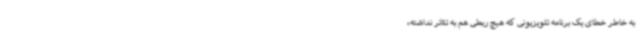
به خاطر خطای یک برنامه تلویزیونی که هیچ ربطی هم به تئاتر نداشته،